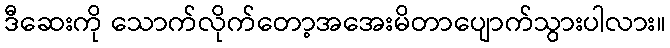
ဒီဆေးကို သောက်လိုက်တော့အအေးမိတာပျောက်သွားပါလား။